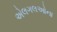
એલગલઓના